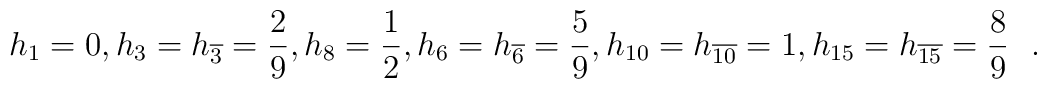
h_1=0,h_3=h_{\overline {3}}=\frac {2}{9},h_8=\frac {1}{2},h_6=h_{\overline {6}}=\frac {5}{9},h_{10}=h_{\overline {10}}=1,h_{15}=h_{\overline {15}}=\frac{8}{9} \ \ .